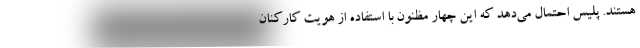
هستند. پلیس احتمال می‌دهد که این چهار مظنون با استفاده از هویت کارکنان